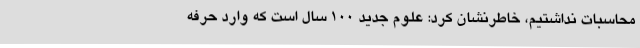
محاسبات نداشتیم، خاطرنشان کرد: علوم جدید 100 سال است که وارد حرفه